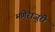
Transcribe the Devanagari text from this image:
मणेराजुरी